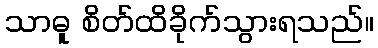
သာဓူ စိတ်ထိခိုက်သွားရသည်။